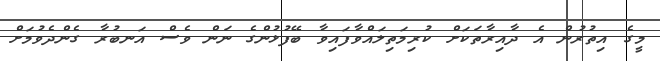
މީގެ އިތުރުން އެ ދާއިރާތަކަށް ކުރިމަތިލައްވާފައިވާ ބޭފުޅުންގެ ނަން ވެސް އަނބުރާ ގެންދެވުމަށް